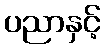
ပညာနှင့်